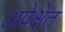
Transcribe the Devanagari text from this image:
अपेक्षेत